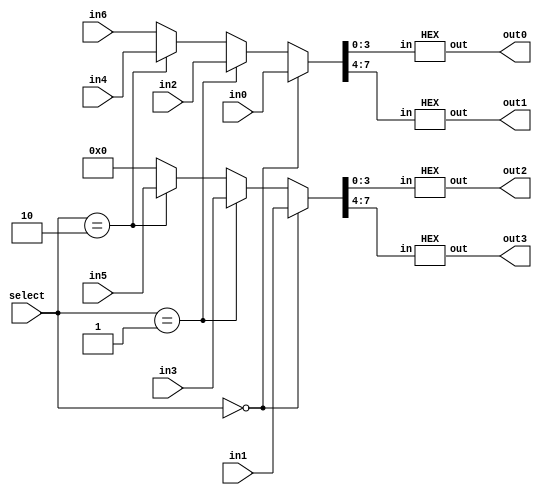
// ---------------------------------------------------------------------
// Copyright (c) 2007 by University of Toronto ECE 243 development team 
// ---------------------------------------------------------------------
//
// Major Functions:	Three modules included: HEX, HEXs, chooseHEXs
//
//					HEX:	decode a four-bit input value into
//							7-segment HEX display signals (0 to F)
//					HEXs:	decode four 8-bit inputs to eight 7-segment
//							HEX display signals (not compatible with DE1)
//					chooseHEXs:	decode four 8-bit inputs to a single
//								selected 7-segment HEX display singnals
//								(compatible with both DE1 and DE2)
//
// Input(s):		HEX
//						 in: 4-bit input (HEX: 0 to F)
//					HEXs
//						 in0 - in4: four 8-bit input (HEX: 00 to FF)
//					chooseHEXs
//						 in0-in4: four 8-bit input (HEX: 00 to FF)
//						 select: two-bit input controlling output decoded
//								 signals
//
// Output(s):		HEX/HEXs/chooseHEXs
//						 out: seven-segment display decoded value(s) 
//
// ---------------------------------------------------------------------

module chooseHEXs
(
in0, in1, in2, in3, in4, in5, in6,
select, out3, out2, out1, out0
);
input 	[7:0] in0, in1, in2, in3, in4, in5, in6;
input		[1:0] select;
output 	[6:0] out0, out1, out2, out3;

reg		[7:0] temp_in0, temp_in1;

always@(*)
begin
	if( select == 0 )
	begin
		temp_in0 = in0;
		temp_in1 = in1;
	end
	else if( select == 1 )
	begin
		temp_in0 = in2;
		temp_in1 = in3;
	end
	else if( select == 2 )
	begin
		temp_in0 = in4;
		temp_in1 = in5;
	end
	else
	begin
		temp_in0 = in6;
		temp_in1 = 8'h00;
	end
end

HEX hex3 ( temp_in1[7:4], out3 );
HEX hex2 ( temp_in1[3:0], out2 );

HEX hex1 ( temp_in0[7:4], out1 );
HEX hex0 ( temp_in0[3:0], out0 );

endmodule

module HEXs
(
in0, in1, in2, in3,
in4, in5, in6,
select,
out0, out1, out2, out3,
out4, out5, out6, out7
);
input 	[7:0] in0, in1, in2, in3, in4, in5, in6;
input		[1:0] select;
output 	[6:0] out0, out1, out2, out3;
output 	[6:0] out4, out5, out6, out7;

reg		[7:0] temp_in0, temp_in1, temp_in2, temp_in3;

always@(*)
begin
	if( select == 0 )
	begin
		temp_in0 = in0;
		temp_in1 = in1;
		temp_in2 = in2;
		temp_in3 = in3;
	end
	else
	begin
		temp_in0 = in4;
		temp_in1 = in5;
		temp_in2 = 8'h00;
		temp_in3 = in6;
	end
end

HEX hex0 ( temp_in0[7:4], out7 );
HEX hex1 ( temp_in0[3:0], out6 );
HEX hex2 ( temp_in1[7:4], out5 );
HEX hex3 ( temp_in1[3:0], out4 );
HEX hex4 ( temp_in2[7:4], out3 );
HEX hex5 ( temp_in2[3:0], out2 );
HEX hex6 ( temp_in3[7:4], out1 );
HEX hex7 ( temp_in3[3:0], out0 );

endmodule

module HEX (in, out);
input 	[3:0] in;
output 	[6:0] out;

reg [6:0] out;

always @(in)
begin
	case (in)
		0: out = 7'b1000000;
		1: out = 7'b1111001;
		2: out = 7'b0100100;
		3: out = 7'b0110000;
		4: out = 7'b0011001;
		5: out = 7'b0010010;
		6: out = 7'b0000010;
		7: out = 7'b1111000;
		8: out = 7'b0000000;
		9: out = 7'b0010000;
		10: out = 7'b0001000;
		11: out = 7'b0000011;
		12: out = 7'b1000110;
		13: out = 7'b0100001;
		14: out = 7'b0000110;
		15: out = 7'b0001110;
	endcase
end

endmodule